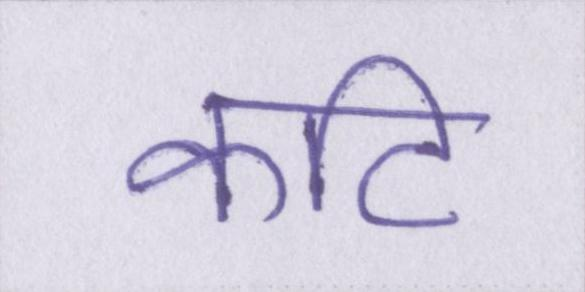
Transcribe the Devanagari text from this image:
कटि